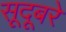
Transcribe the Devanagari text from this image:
सूदूबरे